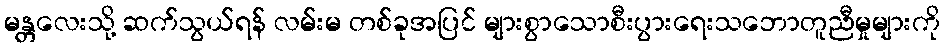
မန္တလေးသို့ ဆက်သွယ်ရန် လမ်းမ တစ်ခုအပြင် များစွာသောစီးပွားရေးသဘောတူညီမှုများကို